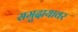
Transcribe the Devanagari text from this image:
समुदायावर